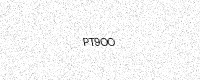
Text: PT9OO